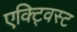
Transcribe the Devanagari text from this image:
एक्ट्विस्ट